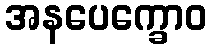
အနပေက္ခောဝ